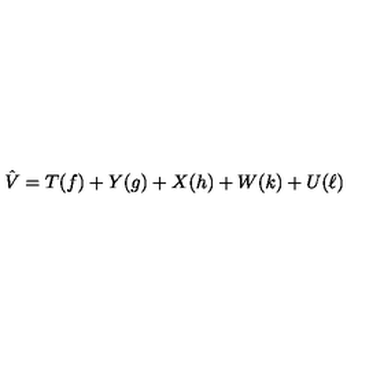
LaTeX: \hat { V } = T ( f ) + Y ( g ) + X ( h ) + W ( k ) + U ( \ell )